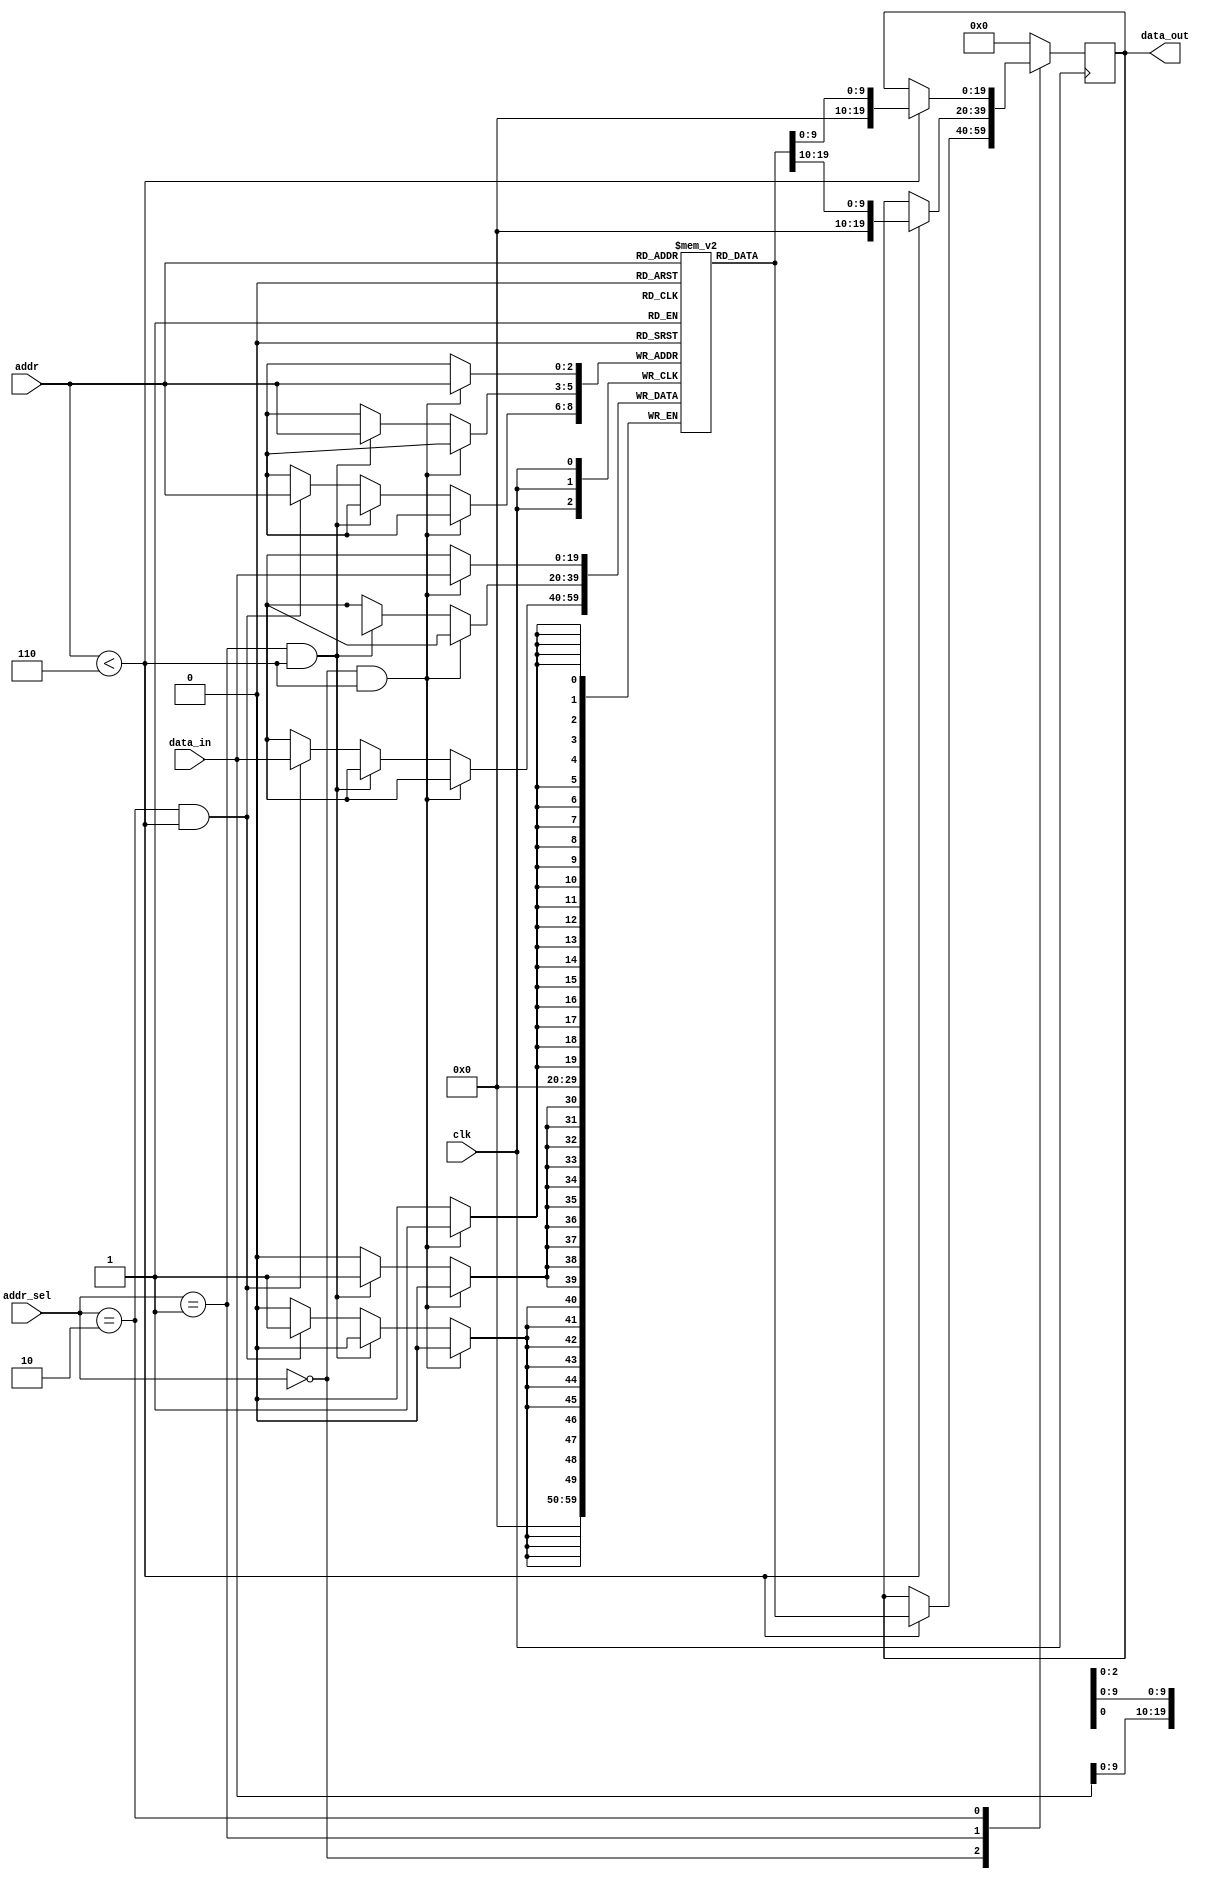
/*
CS 274
Ursinus College

@author Michael Cummins
@purpose Implementation of 6 general registers
*/

module gen_reg(
    input wire clk,
    input wire [1:0] addr_sel, // Address selection (0 for full, 1 for higher bits, 2 for lower bits)
    input wire [2:0] addr,     // Address to read/write data
    input wire [19:0] data_in,  // Data to be written into register
    output reg [19:0] data_out  // Data read from the selected register
);

reg [19:0] registers [5:0]; // Array of six 20-bit registers

always @(posedge clk) begin
    case (addr_sel)
        2'b00: // Full word access
            if (addr < 6) begin
                data_out <= registers[addr];
            end
        2'b01: // Higher 10 bits access
            if (addr < 6) begin
                data_out <= registers[addr][19:10];
            end
        2'b10: // Lower 10 bits access
            if (addr < 6) begin
                data_out <= registers[addr][9:0];
            end
        default:
            data_out <= 20'h0; // Default output to 0 if invalid address selection
    endcase
end

always @(posedge clk) begin
    if (addr_sel == 2'b00 && addr < 6) begin
        registers[addr] <= data_in;
    end
    else if (addr_sel == 2'b01 && addr < 6) begin
        registers[addr][19:10] <= data_in;
    end
    else if (addr_sel == 2'b10 && addr < 6) begin
        registers[addr][9:0] <= data_in;
    end
end

endmodule